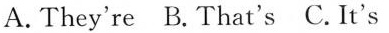
A.They're B.That's C.It's